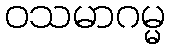
ဝသမာဂမ္မ